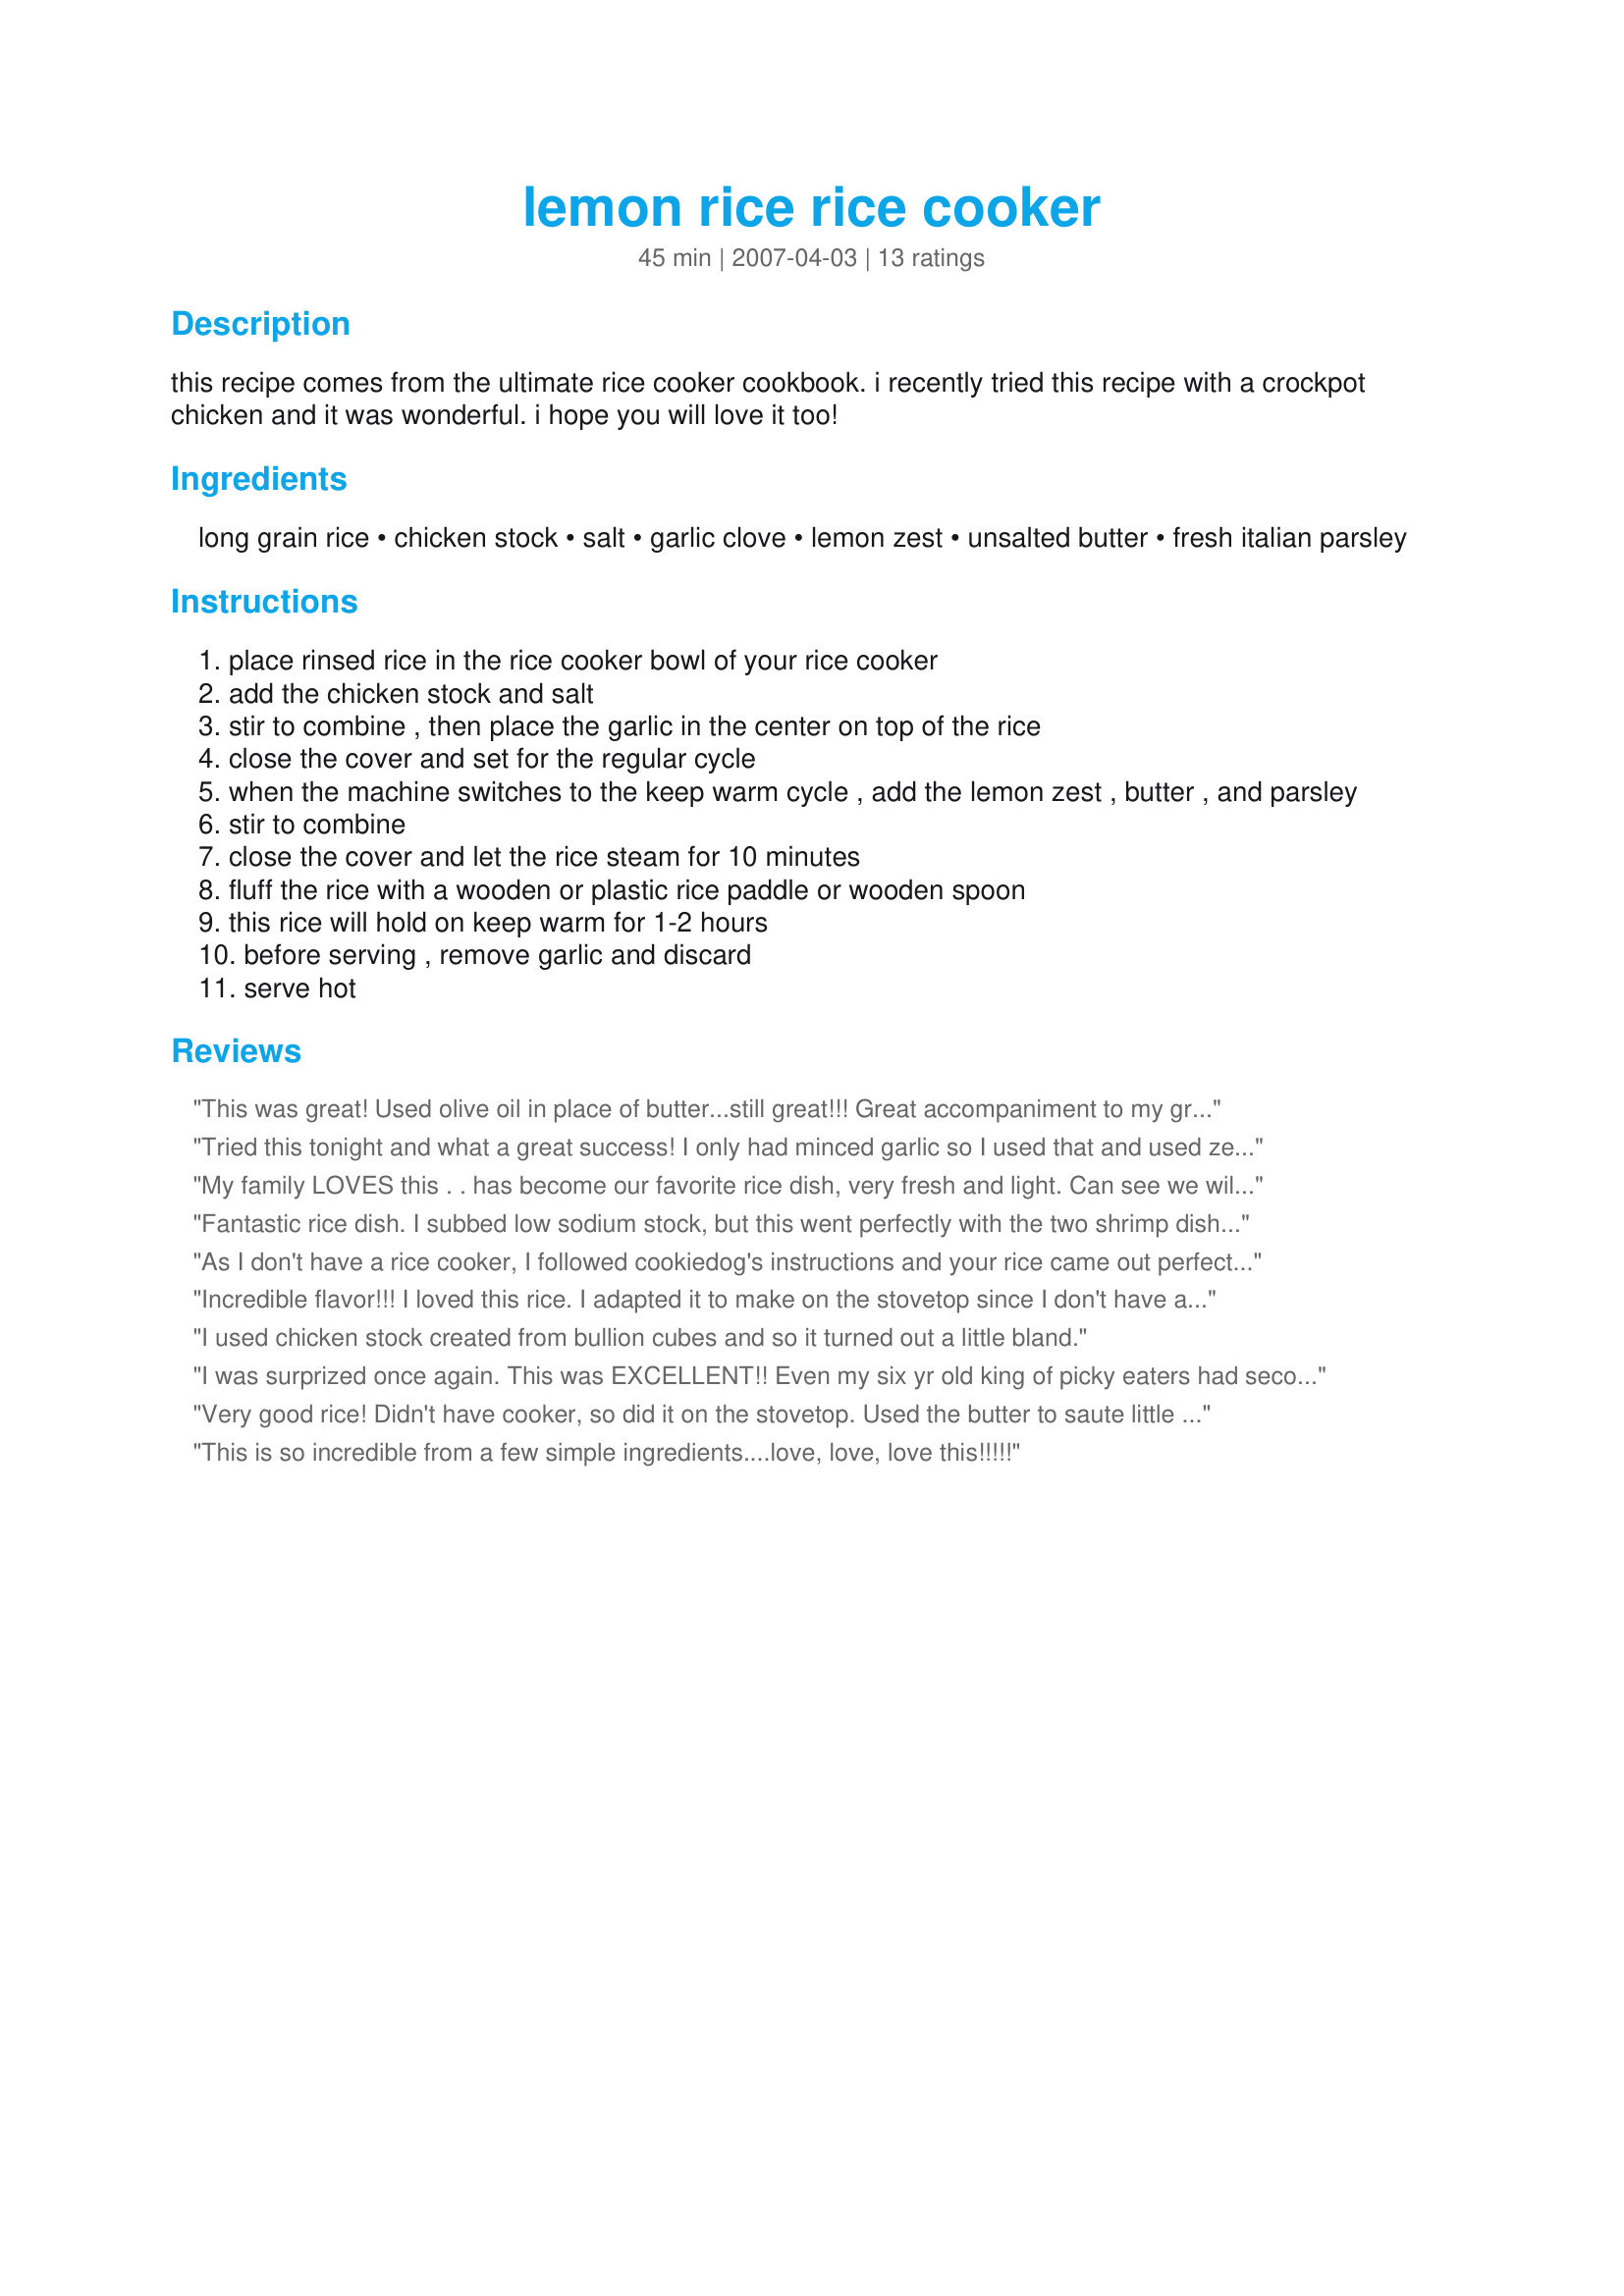
lemon rice rice cooker
Preparation time: 45 minutes

this recipe comes from the ultimate rice cooker cookbook. i recently tried this recipe with a crockpot chicken and it was wonderful. i hope you will love it too!

Ingredients:
long grain rice, chicken stock, salt, garlic clove, lemon zest, unsalted butter, fresh italian parsley

Steps:
place rinsed rice in the rice cooker bowl of your rice cooker
add the chicken stock and salt
stir to combine , then place the garlic in the center on top of the rice
close the cover and set for the regular cycle
when the machine switches to the keep warm cycle , add the lemon zest , butter , and parsley
stir to combine
close the cover and let the rice steam for 10 minutes
fluff the rice with a wooden or plastic rice paddle or wooden spoon
this rice will hold on keep warm for 1-2 hours
before serving , remove garlic and discard
serve hot

Reviews:
This was great! Used olive oil in place of butter...still great!!! Great accompaniment to my grilled chicken which uses the juice of the lemon!
Tried this tonight and what a great success! I only had minced garlic so I used that and used zested lemon instead of grated. I liked the color and texture it gave to the recipe. I only wish I had some leftovers!
My family LOVES this . . has become our favorite rice dish, very fresh and light. Can see we will be eating this quite often this summer!!!! Yum!!!
Fantastic rice dish. I subbed low sodium stock, but this went perfectly with the two shrimp dishes i made tonight. I adore lemon and this is a great and easy way to have it.
As I don't have a rice cooker, I followed cookiedog's instructions and your rice came out perfect!! I made as is but added some lemon juice at the end. Will be making this again and again! Thanks Bev!
Incredible flavor!!! I loved this rice. I adapted it to make on the stovetop since I don't have a rice cooker. I just put in the first 4 ingredients brought it to a boil and then covered it, reduced the heat to low and cooked it 12 minutes. After 12 min. I quickly took off the lid and added the remaining ingredients, stirred briefly, replaced the lid and covered it until the rest of dinner was ready. The result was a fabulous side dish.This is a keeper!
I used chicken stock created from bullion cubes and so it turned out a little bland.
I was surprized once again. This was EXCELLENT!! Even my six yr old king of picky eaters had seconds and called dibs on any left for tomorrow. I used cilantro instead of italian parsley and loved the flavor. Fresh and the blend was just right,TY Bev!
Very good rice! Didn't have cooker, so did it on the stovetop. Used the butter to saute little extra onion and celery, used dash of soy instead of salt. Was a great side to my marmalade chicken.
This is so incredible from a few simple ingredients....love, love, love this!!!!!
used lime zest and cilantro instead of lemon zest and parsley and it came out very good! used it on tacos with crock pot "roasted" chicken, salsa, and avocado....repeat recipe!
Great recipe! I doubled the garlic (we like garlic!) otherwise followed exactly. Delicious! Served it as a side with roast chicken. Big hit! Next time, I am going to add toasted pine nuts. I am going to try cilantro instead of parsley for a change but it&#039;s absolutely great as is.
Excellent recipe. My family loves this. I use Jasmine Rice and also make a Greek grilled chicken which compliments it well! One of my favorite meals.
